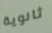
ثانوية